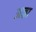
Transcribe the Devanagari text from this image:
अज्रा